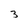
Character: 3